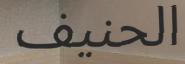
الحنيف